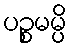
ပဉ္စမမ္ပိ